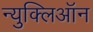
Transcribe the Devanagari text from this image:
न्युक्लिऑन